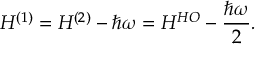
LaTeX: H ^ { ( 1 ) } = H ^ { ( 2 ) } - \hbar \omega = H ^ { H O } - { \frac { \hbar \omega } { 2 } } .